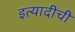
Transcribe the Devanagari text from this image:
इत्यादीची